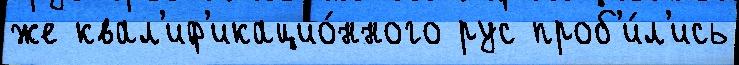
же квал'иф'икацио́нного рус проб'и́л'ись